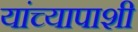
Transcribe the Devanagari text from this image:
यांच्यापाशी